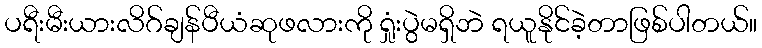
ပရီးမီးယားလိဂ်ချန်ပီယံဆုဖလားကို ရှုံးပွဲမရှိဘဲ ရယူနိုင်ခဲ့တာဖြစ်ပါတယ်။